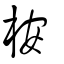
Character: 桉